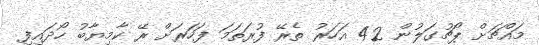
މައްޗަށް ޕޯޗުގަލުން 42 އަހަރު ތެރޭ ފުރަތަމަ ފަހަރަށް ރޭ ކާމިޔާބު ހޯދައިފި